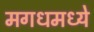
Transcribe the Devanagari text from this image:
मगधमध्ये